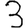
Digit: 3